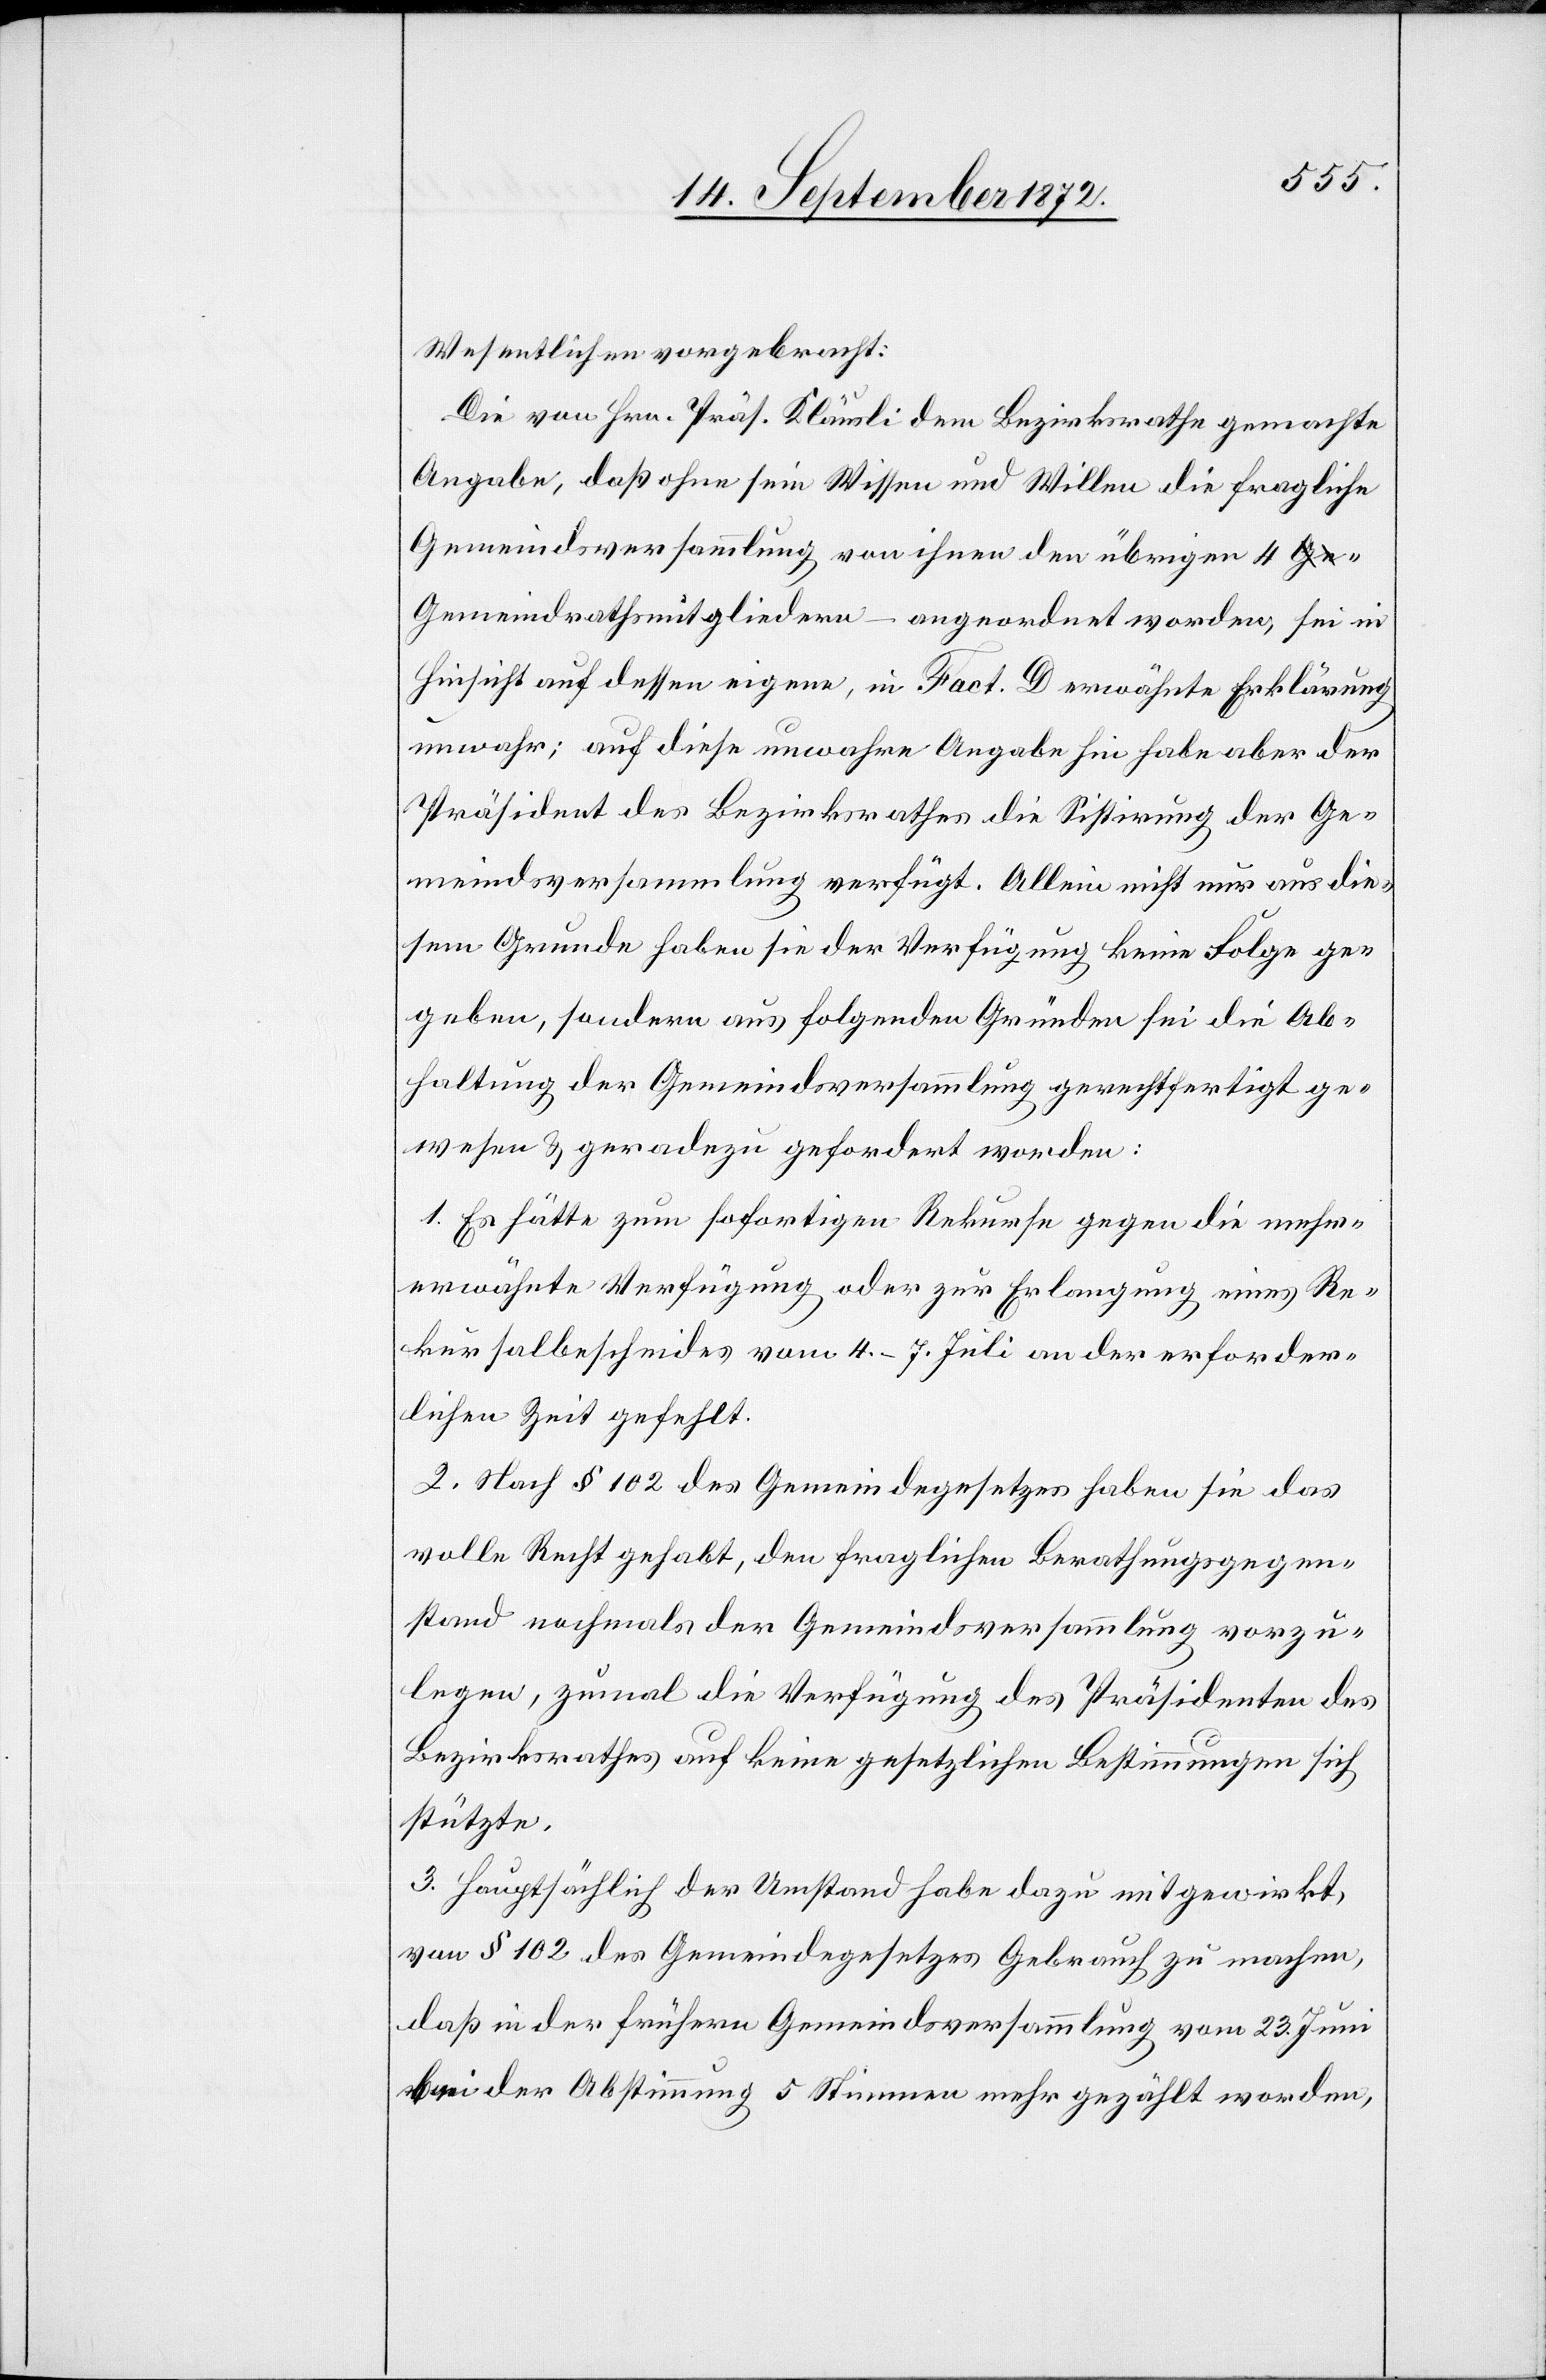
Wesentlichen vorgebracht:
Die von Hrn. Präs. Kläusli dem Bezirksrathe gemachte
Angabe, daß ohne sein Wissen und Willen die fragliche
Gemeindsversammlung von ihnen den übrigen 4 G¬
emeindrathsmitgliedern – angeordnet worden, sei in
Hinsicht auf dessen eigene, in Fact. D erwähnte Erklärung
unwahr; auf diese unwahre Angabe hin habe aber der
Präsident des Bezirksrathes die Sistirung der Ge¬
meindsversammlung verfügt. Allein nicht nur aus die¬
sem Grunde haben sie der Verfügung keine Folge ge¬
geben, sondern aus folgenden Gründen sei die Ab¬
haltung der Gemeindsversammlung gerechtfertigt ge¬
wesen u. geradezu gefordert worden:
1. Es hätte zum sofortigen Rekurs gegen die mehr¬
erwähnte Verfügung oder zur Erlangung eines Re¬
kursalbescheides vom 4.–7. Juli an der erforder¬
lichen Zeit gefehlt.
2. Nach § 102 des Gemeindegesetzes haben sie das
volle Recht gehabt, den fraglichen Berathungsgegen¬
stand nochmals der Gemeindsversammlung vorzu¬
legen, zumal die Verfügung des Präsidenten des
Bezirksrathes auf keine gesetzlichen Bestimmungen sich
stützte.
3. Hauptsächlich der Umstand habe dazu mitgewirkt,
von § 102 des Gemeindegesetzes Gebrauch zu nehmen,
daß in der frühern Gemeindsversammlung vom 23. Juni
bei der Abstimmung 5 Stimmen mehr gezählt worden,